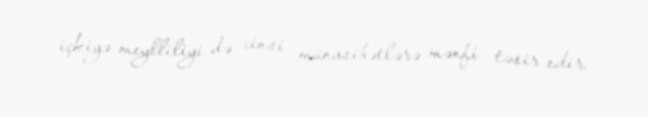
içkiyə meylliliyi də cinsi münasibətlərə mənfi təsir edir.